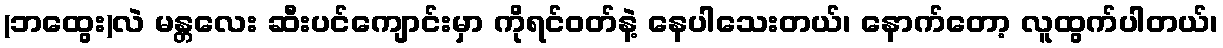
(ဘထွေး)လဲ မန္တလေး ဆီးပင်ကျောင်းမှာ ကိုရင်ဝတ်နဲ့ နေပါသေးတယ်၊ နောက်တော့ လူထွက်ပါတယ်၊